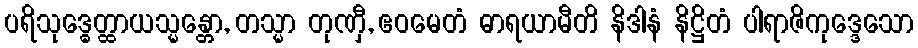
ပရိသုဒ္ဓေတ္ထာယသ္မန္တော, တသ္မာ တုဏှီ, ဧဝမေတံ ဓာရယာမီတိ နိဒါနံ နိဋ္ဌိတံ ပါရာဇိကုဒ္ဒေသော